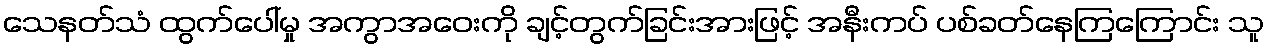
သေနတ်သံ ထွက်ပေါ်မှု အကွာအဝေးကို ချင့်တွက်ခြင်းအားဖြင့် အနီးကပ် ပစ်ခတ်နေကြကြောင်း သူ